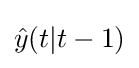
{\hat {y}}(t|t-1)